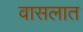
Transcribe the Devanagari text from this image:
वासलात